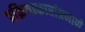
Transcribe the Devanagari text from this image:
प्रक्रियाकारांप्रमाणे